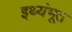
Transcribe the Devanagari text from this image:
इथ्यंभूत